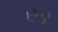
રૂા